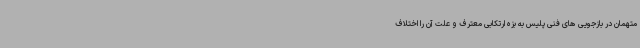
متهمان در بازجویی های فنی پلیس به بزه ارتکابی معترف و علت آن را اختلاف